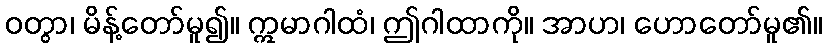
ဝတွာ၊ မိန့်တော်မူ၍။ ဣမာဂါထံ၊ ဤဂါထာကို။ အာဟ၊ ဟောတော်မူ၏။